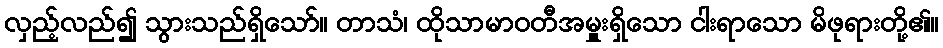
လှည့်လည်၍ သွားသည်ရှိသော်။ တာသံ၊ ထိုသာမာဝတီအမှူးရှိသော ငါးရာသော မိဖုရားတို့၏။